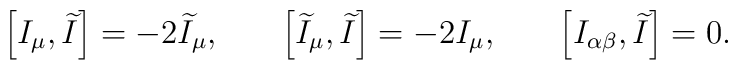
\left[ I_\mu ,\widetilde{I}\right] =-2\widetilde{I}_\mu,\hspace{0.3in}\left[ \widetilde{I}_\mu ,\widetilde{I}\right]=-2I_\mu  ,\hspace{0.3in}\left[ I_{\alpha \beta},\widetilde{I}\right] =0 .